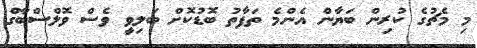
މި މެޗުގެ ކުރިން ބަޔާން އެންމެ ތަފާތު ބޮޑުކޮށް ބަލިވީ ވެސް ވޮލްސްބާގް